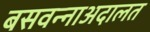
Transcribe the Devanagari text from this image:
बसवन्नाअदालत